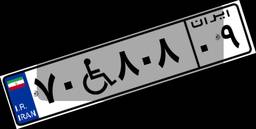
۷۵W۰۰۹۲۱